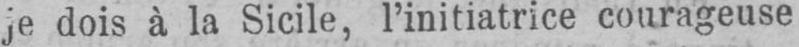
je dois à la Sicile, l’initiatrice courageuse